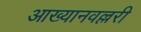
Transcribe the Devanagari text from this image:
आख्यानवल्लरी